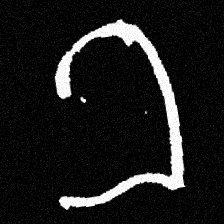
Pyu character \u2014 Myanmar letter: ခ (romanized: kha)